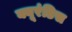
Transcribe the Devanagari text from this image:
क्यूरंडिस